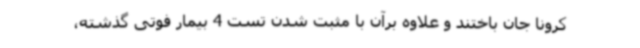
کرونا جان باختند و علاوه برآن با مثبت شدن تست 4 بیمار فوتی گذشته،